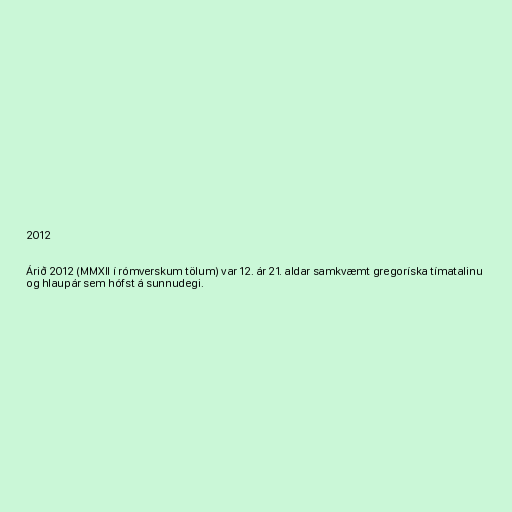
2012

Árið 2012 (MMXII í rómverskum tölum) var 12. ár 21. aldar samkvæmt gregoríska tímatalinu
og hlaupár sem hófst á sunnudegi.